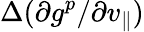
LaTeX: \Delta(\partial g^{p}/\partial v_{\parallel})